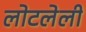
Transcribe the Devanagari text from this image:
लोटलेली